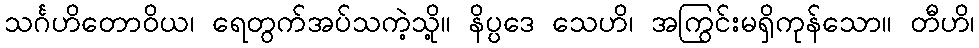
သင်္ဂဟိတောဝိယ၊ ရေတွက်အပ်သကဲ့သို့။ နိပ္ပဒေ သေဟိ၊ အကြွင်းမရှိကုန်သော။ တီဟိ၊